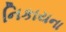
નિકાયના